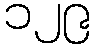
၁၂၉